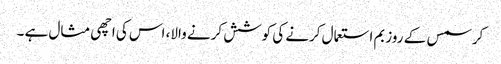
کرسمس کے روز بم استعمال کرنے کی کوشش کرنے والا، اس کی اچھی مثال ہے ۔